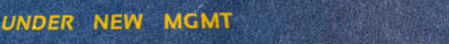
UNDER NEW MGMT